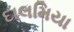
દાલમિયા